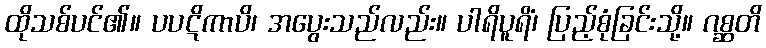
ထိုသစ်ပင်၏။ ပပဋိကာပိ၊ အပွေးသည်လည်း။ ပါရိပူရိံ၊ ပြည့်စုံခြင်းသို့။ ဂစ္ဆတိ